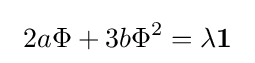
\ 2a\Phi +3b\Phi ^{2}=\lambda \mathbf {1} \